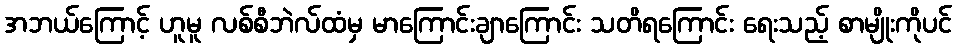
အဘယ်ကြောင့် ဟူမူ လစ်စီဘဲလ်ထံမှ မာကြောင်းချာကြောင်း သတိရကြောင်း ရေးသည့် စာမျိုးကိုပင်